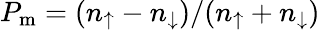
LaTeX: P_{\mathrm{{m}}}=(n_{\uparrow}-n_{\downarrow})/(n_{\uparrow}+n_{\downarrow})